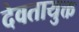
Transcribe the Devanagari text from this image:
देवतायुक्त